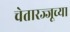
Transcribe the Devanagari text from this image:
चेतारज्जूच्या